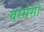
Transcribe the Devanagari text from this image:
यस्सेसो